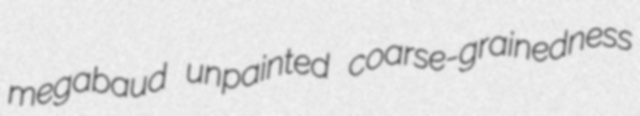
megabaud unpainted coarse-grainedness